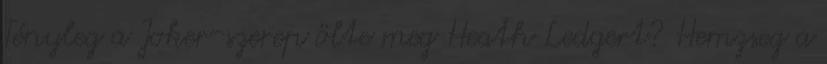
Tényleg a Joker-szerep ölte meg Heath Ledgert? Hemzseg a